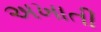
અખાતી